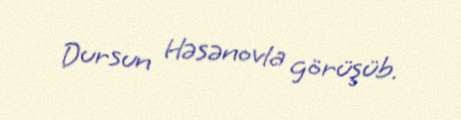
Dursun Həsənovla görüşüb.